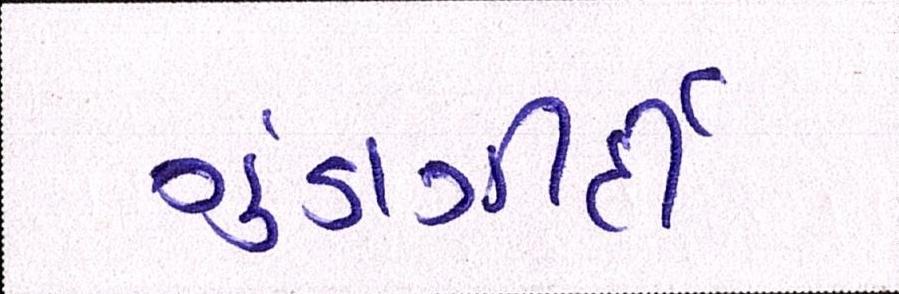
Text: ગુંડાગીર્દી